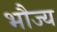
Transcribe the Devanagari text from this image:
भौज्य